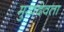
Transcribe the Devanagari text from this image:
मुखदेवता